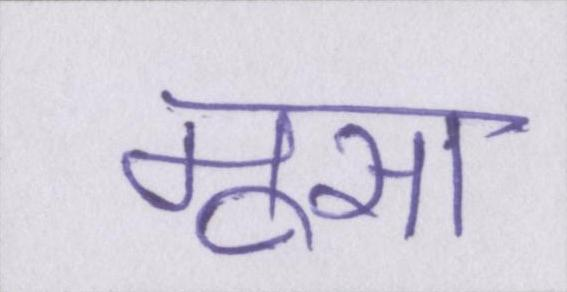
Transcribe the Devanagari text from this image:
मूसा